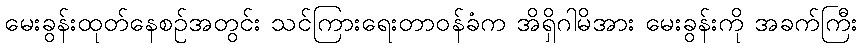
မေးခွန်းထုတ်နေစဉ်အတွင်း သင်ကြားရေးတာဝန်ခံက အိရှိဂါမိအား မေးခွန်းကို အခက်ကြီး